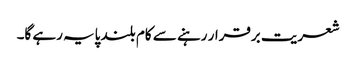
شعریت برقرار رہنے سے کام بلند پایہ رہے گا۔